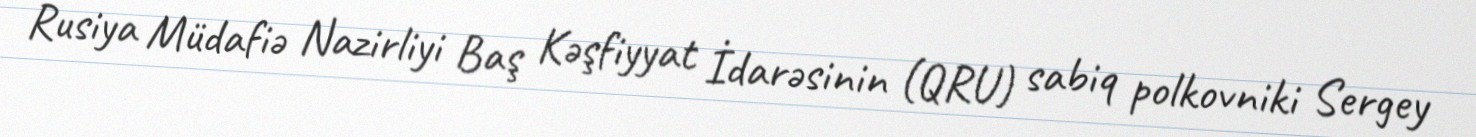
Rusiya Müdafiə Nazirliyi Baş Kəşfiyyat İdarəsinin (QRU) sabiq polkovniki Sergey